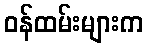
ဝန်ထမ်းများက